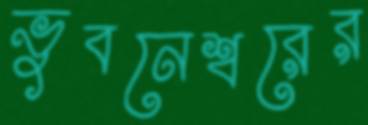
ভুবনেশ্বরের